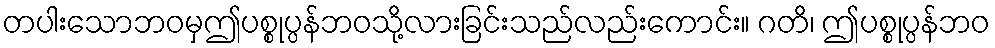
တပါးသောဘဝမှဤပစ္စုပ္ပန်ဘဝသို့လားခြင်းသည်လည်းကောင်း။ ဂတိ၊ ဤပစ္စုပ္ပန်ဘဝ